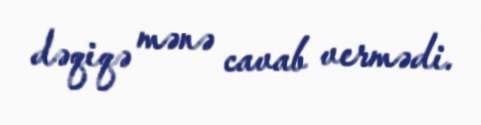
dəqiqə mənə cavab vermədi.